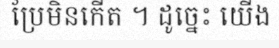
ប្រែមិនកើត ។ ដូច្នេះ យើង